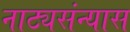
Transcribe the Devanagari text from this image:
नाट्यसंन्यास